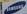
samsung